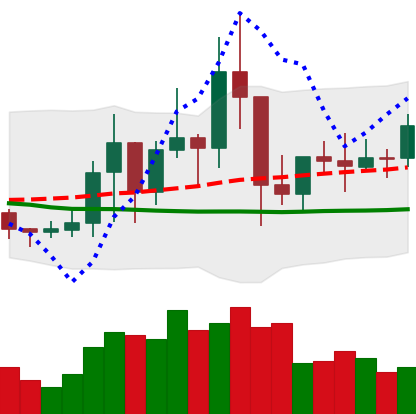
Ticker: TRX-USD
Chart end date: 2021-01-18
Forward return: -7.689%
Label: down_7plus